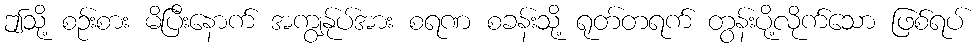
ဤသို့ စဉ်းစား မိပြီးနောက် အကျွန်ုပ်အား စရဏ စခန်းသို့ ရုတ်တရက် တွန်းပို့လိုက်သော ဖြစ်ရပ်